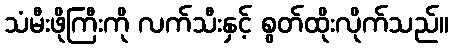
သံမီးဖိုကြီးကို လက်သီးနှင့် စွတ်ထိုးလိုက်သည်။